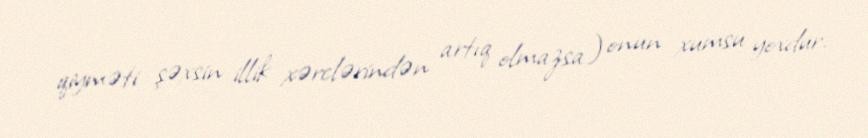
qiyməti şəxsin illik xərclərindən artıq olmazsa) onun xumsu yoxdur.